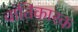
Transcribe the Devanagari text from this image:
वांतिकारक